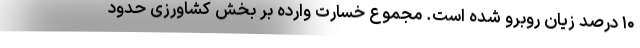
۱۰ درصد زیان روبرو شده است. مجموع خسارت وارده بر بخش کشاورزی حدود